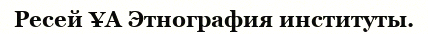
Ресей ҰА Этнография институты.